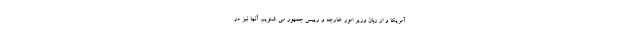
آمریکا و از زبان وزیر امور خارجه و رییس جمهور می شنویم. آنها نیز در